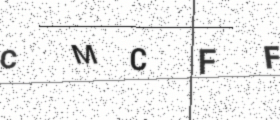
Text: CMCFF